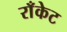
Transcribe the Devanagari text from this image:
राँकेट